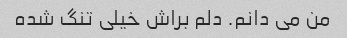
من می دانم. دلم براش خیلی تنگ شده